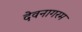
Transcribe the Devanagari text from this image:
देवनागरम